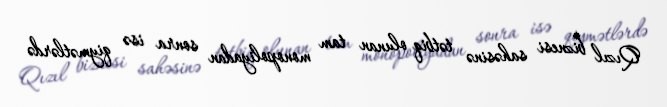
Qızıl biznesi sahəsinə tətbiq olunan tam monopoliyadan sonra isə qiymətlərdə